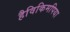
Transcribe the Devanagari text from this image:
हैविकिमपिया